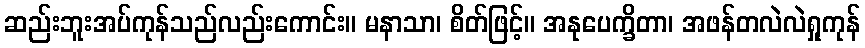
ဆည်းဘူးအပ်ကုန်သည်လည်းကောင်း။ မနာသာ၊ စိတ်ဖြင့်။ အနုပေက္ခိတာ၊ အဖန်တလဲလဲရှုကုန်